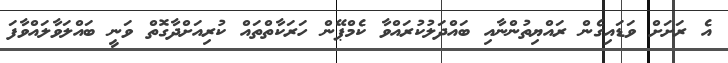
އެ ރަށަށް ވަޑައިގެން ރައްޔިތުންނާއި ބައްދަލުކުރައްވާ ކެމްޕޭން ހަރަކާތްތައް ކުރިއަށްދާގޮތް ވަނީ ބައްލަވާލައްވާފަ